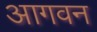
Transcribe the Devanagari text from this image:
आगवन